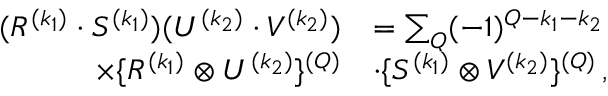
\begin{array} { r l } { ( R ^ { ( k _ { 1 } ) } \cdot S ^ { ( k _ { 1 } ) } ) ( U ^ { ( k _ { 2 } ) } \cdot { V ^ { ( k _ { 2 } ) } } ) } & { = \sum _ { Q } ( - 1 ) ^ { Q - k _ { 1 } - k _ { 2 } } } \\ { \times \{ R ^ { ( k _ { 1 } ) } \otimes U ^ { ( k _ { 2 } ) } \} ^ { ( Q ) } } & { \cdot { \{ S ^ { ( k _ { 1 } ) } \otimes V ^ { ( k _ { 2 } ) } } \} ^ { ( Q ) } \, , } \end{array}